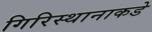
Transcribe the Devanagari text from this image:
गिरिस्थानाकडे